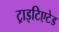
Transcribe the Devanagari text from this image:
ट्राइटिएटेड